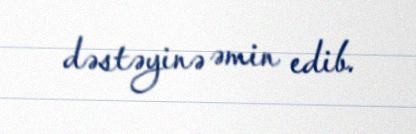
dəstəyinə əmin edib.